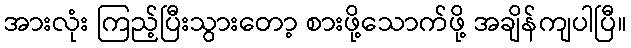
အားလုံး ကြည့်ပြီးသွားတော့ စားဖို့သောက်ဖို့ အချိန်ကျပါပြီ။